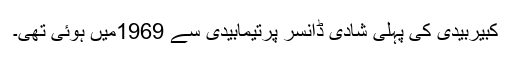
کبیربیدی کی پہلی شادی ڈانسر پرتیمابیدی سے 1969میں ہوئی تھی۔